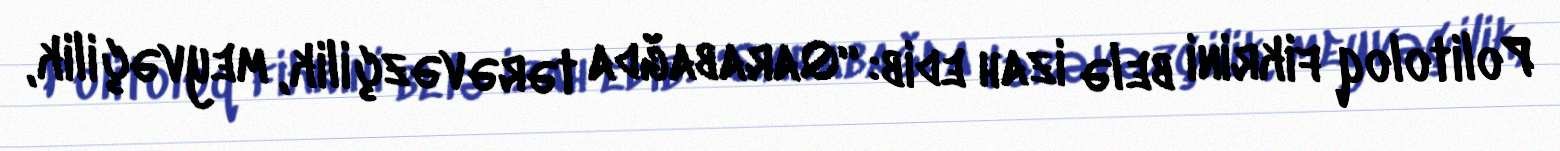
Politoloq fikrini belə izah edib: “Qarabağda tərəvəzçilik, meyvəçilik,